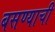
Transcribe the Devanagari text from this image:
बसण्‍याची